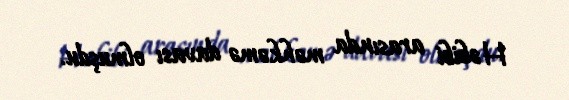
Həbibi arasında məhkəmə davası olmuşdu.